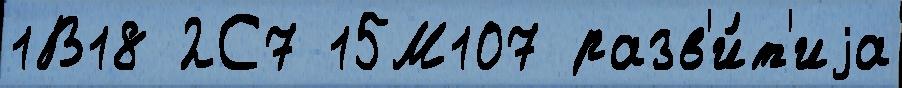
1В18 2С7 15М107 разв'и́т'иjа